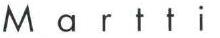
Martti